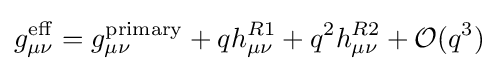
g_{\mu \nu }^{\rm {eff}}=g_{\mu \nu }^{\rm {primary}}+qh_{\mu \nu }^{R1}+q^{2}h_{\mu \nu }^{R2}+{\mathcal {O}}(q^{3})